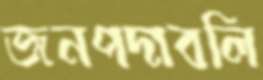
জনপদাবলি